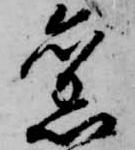
旧